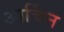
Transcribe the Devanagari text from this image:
आर्चिन